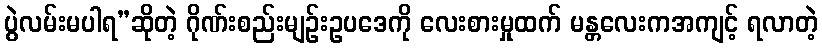
ပွဲလမ်းမပါရ”ဆိုတဲ့ ဂိုဏ်းစည်းမျဉ်းဥပဒေကို လေးစားမှုထက် မန္တလေးကအကျင့် ရလာတဲ့